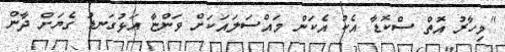
"މިހާރު އޮތް ސްކޮޑާ އެކު އެކަން މައްސަލައަކަށް ވަންޏާ އަޅުގަނޑު ގެޔަށް ދާން